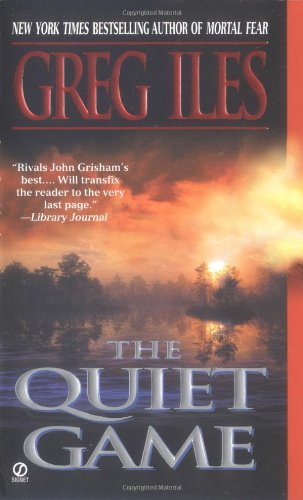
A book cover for The Quiet Game (Penn Cage Novels); Greg Iles; Mystery, Thriller & Suspense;